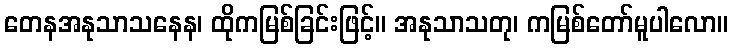
တေနအနုသာသနေန၊ ထိုကမြစ်ခြင်းဖြင့်။ အနုသာသတု၊ ကမြစ်တော်မူပါလော။